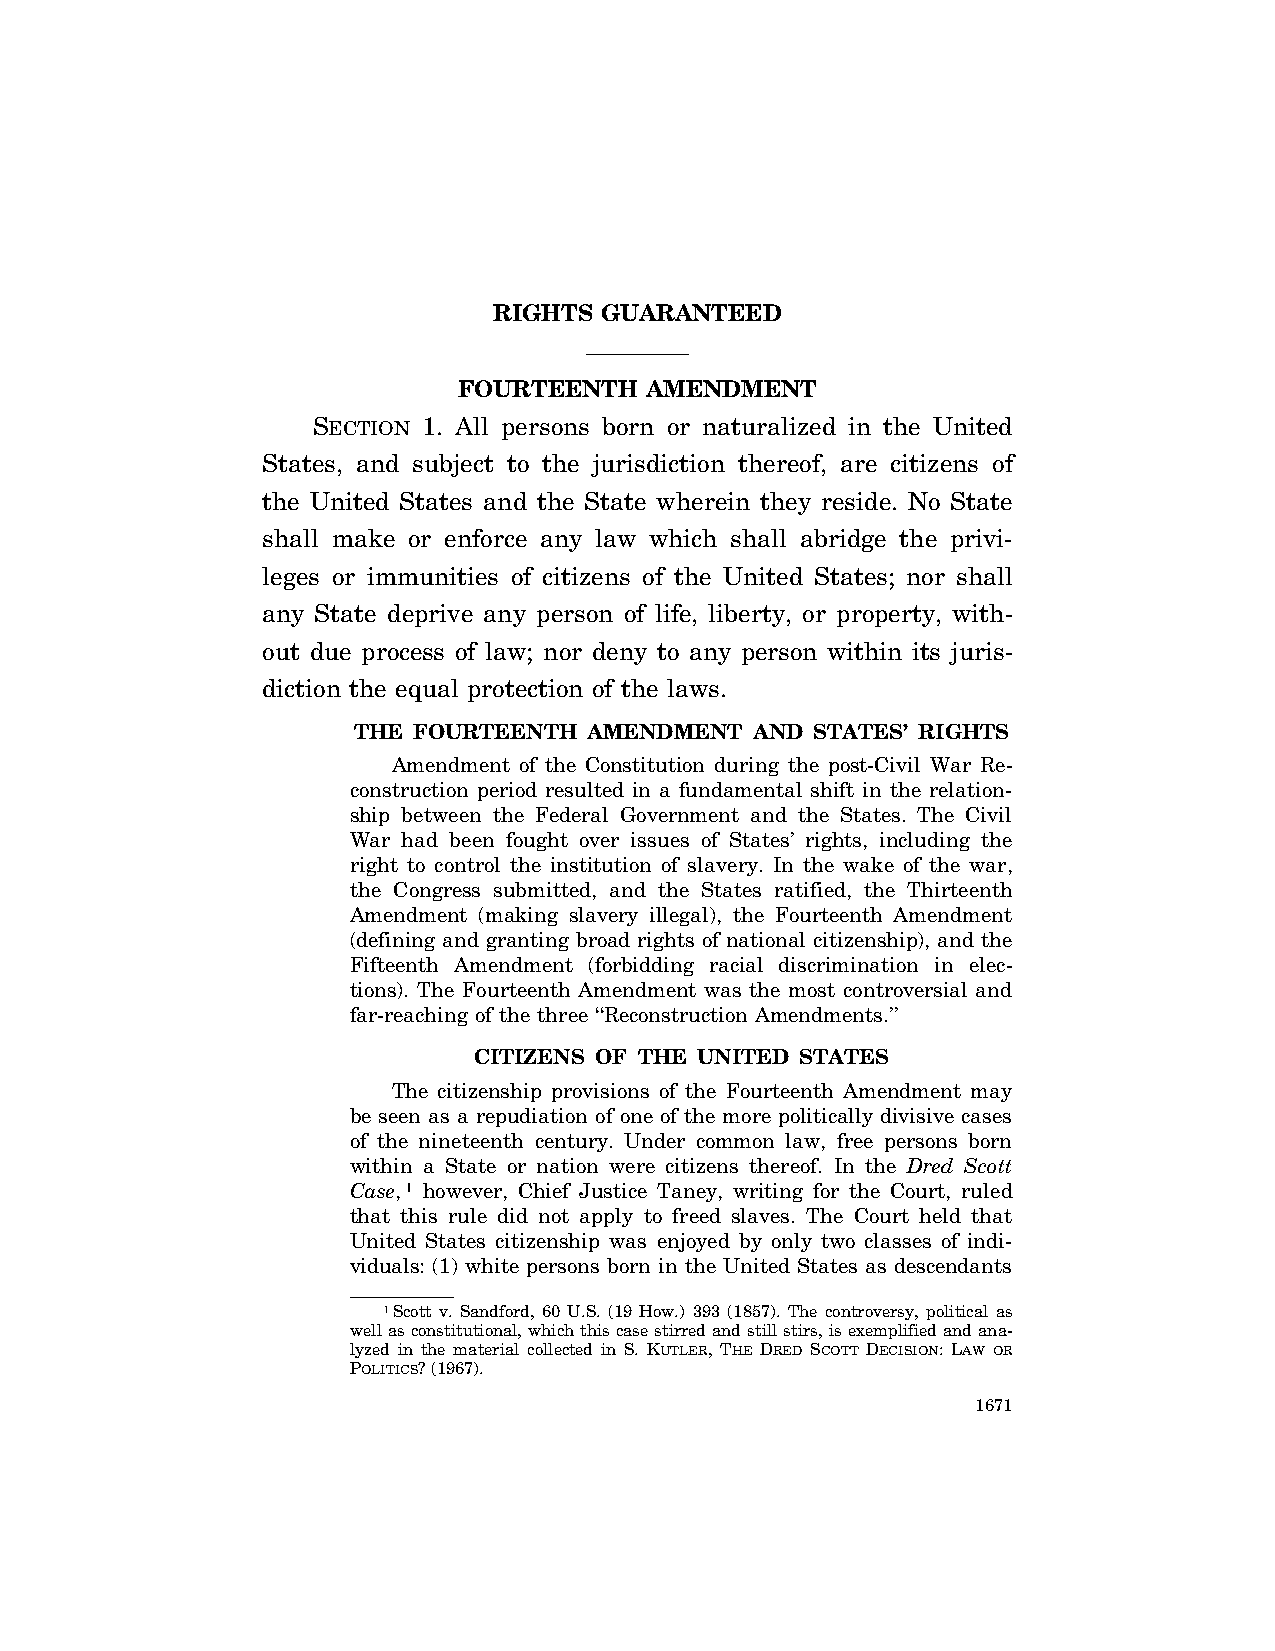
RIGHTS GUARANTEED
 FOURTEENTH   AMENDMENT
 SECTION 1. All persons born or naturalized in the United
 States, and subject to the jurisdiction thereof, are citizens of
 the United States and the State wherein they reside. No State
 shall make or enforce any law which shall abridge the privi-
 leges or immunities of citizens of the United States; nor shall
 any State deprive any person of life, liberty, or property, with-
 out due process of law; nor deny to any person within its juris-
 diction the equal protection of the laws.
 THE FOURTEENTH  AMENDMENT  AND STATES’ RIGHTS
 Amendment of the Constitution during the post-Civil War Re-
 construction period resulted in a fundamental shift in the relation-
 ship between the Federal Government and the States. The Civil
 War had been fought over issues of States’ rights, including the
 right to control the institution of slavery. In the wake of the war,
 the Congress submitted, and the States ratified, the Thirteenth
 Amendment (making slavery illegal), the Fourteenth Amendment
 (defining and granting broad rights of national citizenship), and the
 Fifteenth Amendment (forbidding racial discrimination in elec-
 tions). The Fourteenth Amendment was the most controversial and
 far-reaching of the three ‘‘Reconstruction Amendments.’’
 CITIZENS OF THE UNITED STATES
 The citizenship provisions of the Fourteenth Amendment may
 be seen as a repudiation of one of the more politically divisive cases
 of the nineteenth century. Under common law, free persons born
 within a State or nation were citizens thereof. In the Dred Scott
 Case,1 however, Chief Justice Taney, writing for the Court, ruled
 that this rule did not apply to freed slaves. The Court held that
 United States citizenship was enjoyed by only two classes of indi-
 viduals: (1) white persons born in the United States as descendants
 1Scott v. Sandford, 60 U.S. (19 How.) 393 (1857). The controversy, political as
 well as constitutional, which this case stirred and still stirs, is exemplified and ana-
 lyzed in the material collected in S. KUTLER, THE DRED SCOTT DECISION: LAW OR
 POLITICS? (1967).
 1671
 VerDate Jul<13>2004 05:44 Jul 13, 2004 Jkt 000000 PO 00000 Frm 00001 Fmt 8222 Sfmt 8222 \\GSDDPC41\YOURS-AND-MINE\CON046.SGM CON046